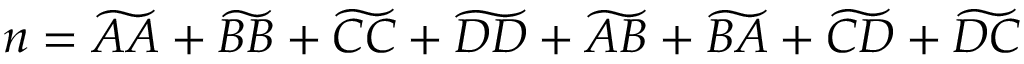
n = \widetilde { A A } + \widetilde { B B } + \widetilde { C C } + \widetilde { D D } + \widetilde { A B } + \widetilde { B A } + \widetilde { C D } + \widetilde { D C }